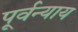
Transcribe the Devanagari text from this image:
पूर्वन्याय